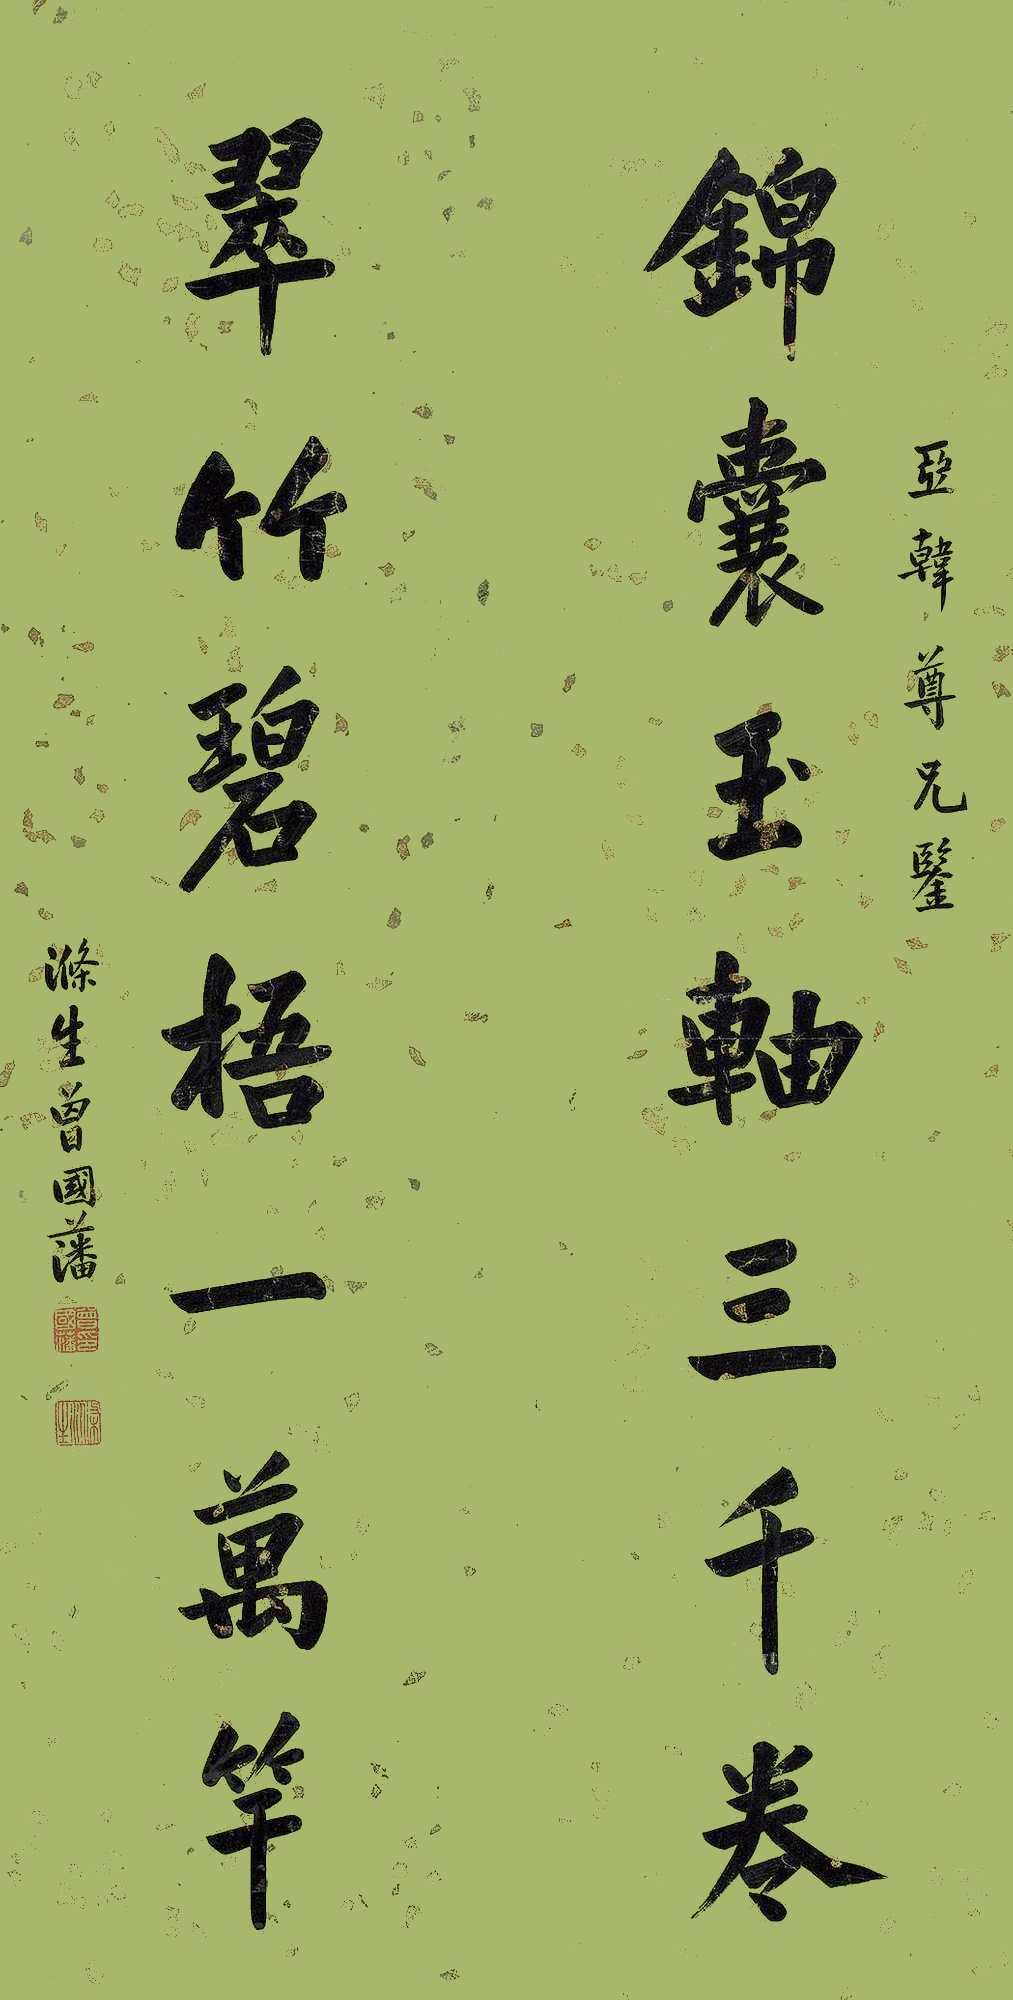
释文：锦囊玉轴三千卷，翠竹碧梧一万竿。亚韩尊兄鉴，涤生曾国藩。